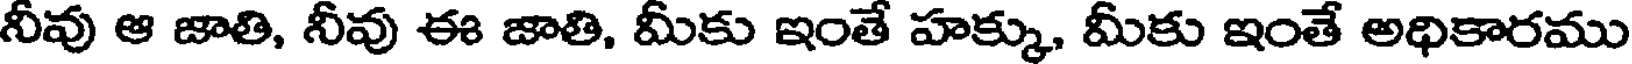
నీవు ఆ జాతి, నీవు ఈ జాతి, మీకు ఇంతే హక్కు, మీకు ఇంతే అధికారము